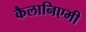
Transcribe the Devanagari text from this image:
कैलानिएमी